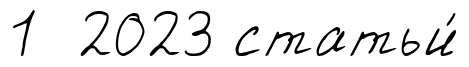
1 2023 статьи́